Lunatic asylums United Provinces 1899-1908 - 1899-1908
Year: 1899
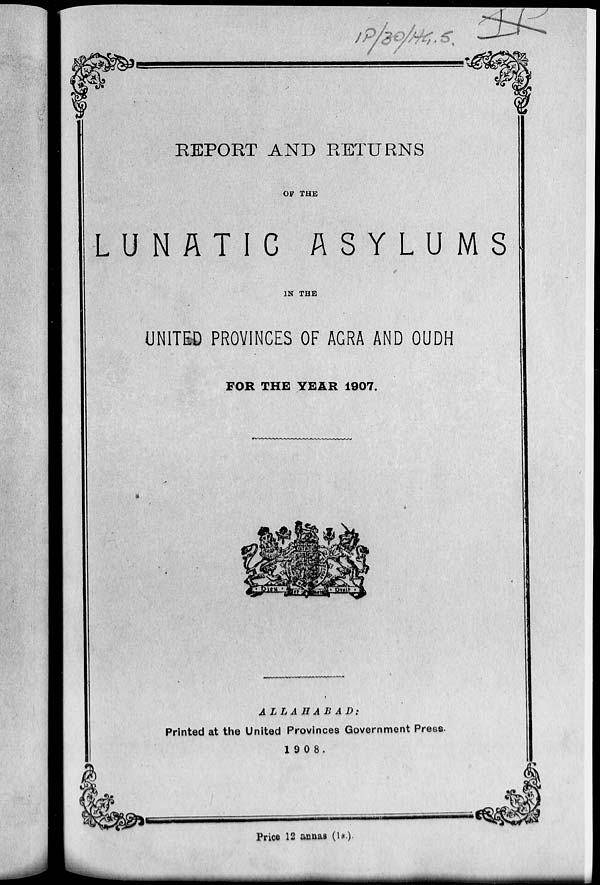
REPORT AND RETURNS
OF THE
LUNATIC
ASYLUMS
IN THE
UNITED PROVINCES OF AGRA AND OUDH
FOR THE YEAR 1907.
ALLAHABAD:
Printed at the United Provinces Government Press.
1908.
Price 12 annas (1s.).